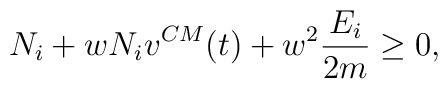
N_{i} + w N_{i} v^{CM} (t)+w^2 \frac{E_{i}}{2m} \ge 0,